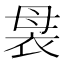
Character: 袰